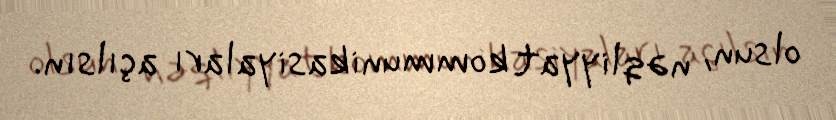
olsun, nəqliyyat kommunikasiyaları açılsın.